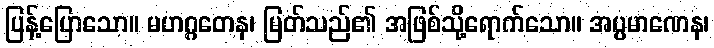
ပြန့်ပြောသော။ မဟဂ္ဂတေန၊ မြတ်သည်၏ အဖြစ်သို့ရောက်သော။ အပ္ပမာဏေန၊